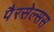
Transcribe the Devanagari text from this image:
पैरसेल्सस